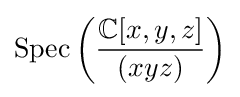
{\text{Spec}}\left({\frac {\mathbb {C} [x,y,z]}{(xyz)}}\right)